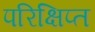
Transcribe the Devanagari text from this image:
परिक्षिप्त